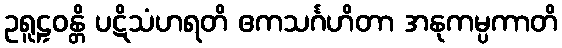
ဥရူဠှဝန္တိ ပဋိသံဟရတိ ဧကသင်္ဂဟိတာ အနုကမ္ပကာတိ